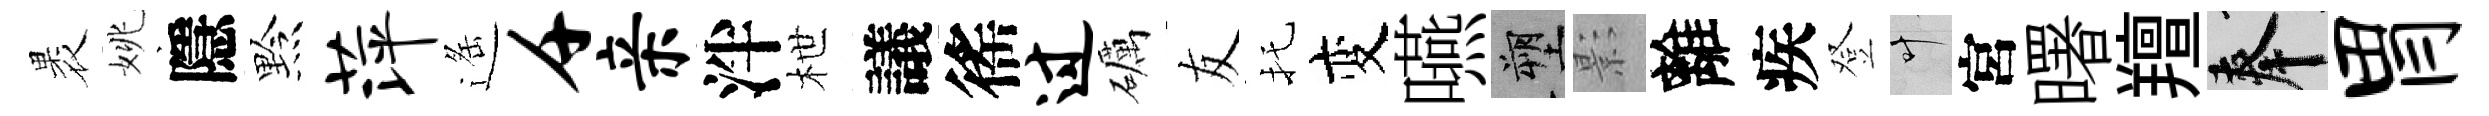
褁姚隱黔萍遥千亲泮枻議徭过礪友托变嚥塑影離疾登叶宮曙羶奉胃